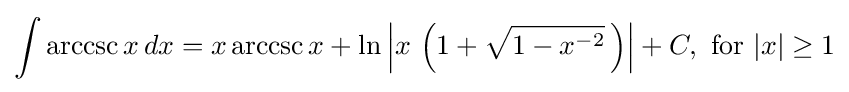
\int \operatorname {arccsc} {x}\,dx=x\operatorname {arccsc} {x}+\ln \left\vert x\,\left(1+{\sqrt {1-x^{-2}}}\,\right)\right\vert +C,{\text{ for }}\vert x\vert \geq 1